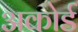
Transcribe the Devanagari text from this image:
अकोर्ड